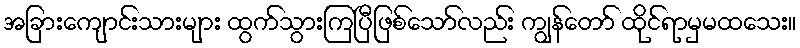
အခြားကျောင်းသားများ ထွက်သွားကြပြီဖြစ်သော်လည်း ကျွန်တော် ထိုင်ရာမှမထသေး။